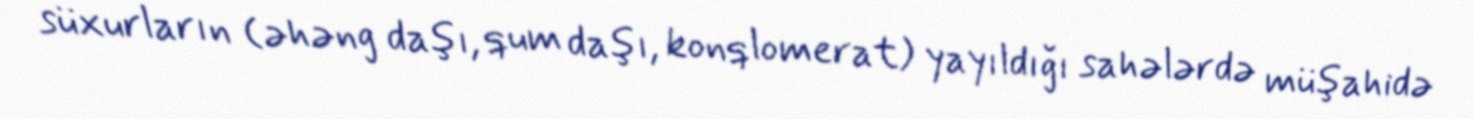
süxurların (əhəng daşı, qum daşı, konqlomerat) yayıldığı sahələrdə müşahidə